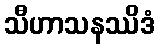
သီဟာသနဿိဒံ